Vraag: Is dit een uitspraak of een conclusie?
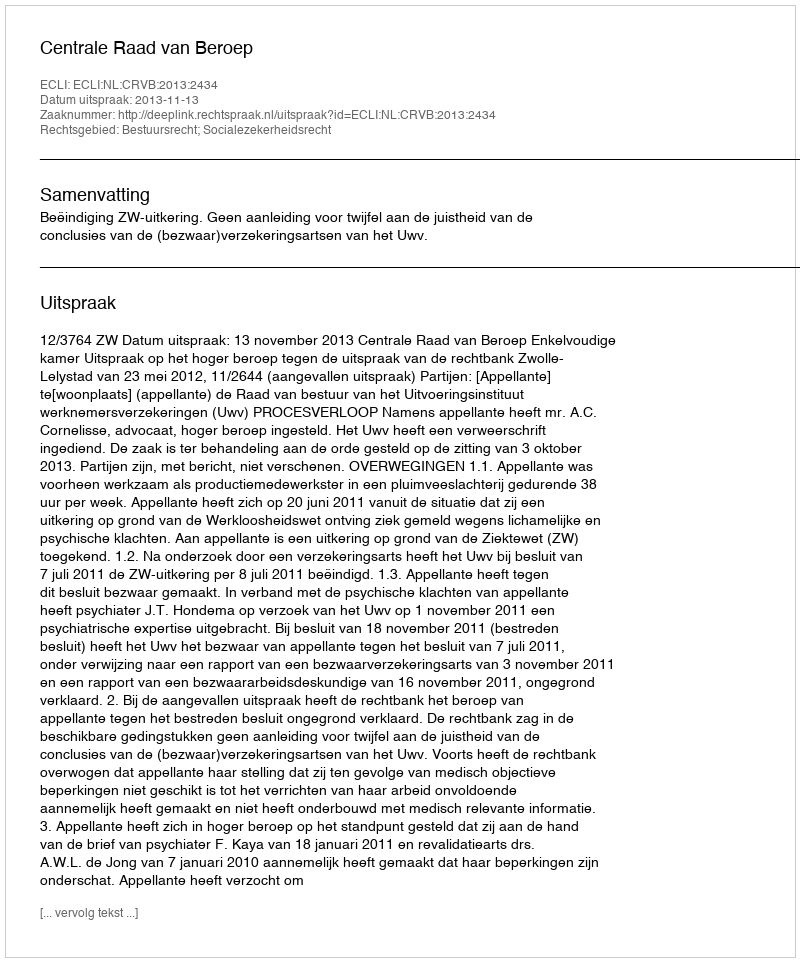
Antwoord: Uitspraak